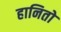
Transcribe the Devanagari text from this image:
हानितो